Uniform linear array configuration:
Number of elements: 12
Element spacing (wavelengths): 1
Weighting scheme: binomial
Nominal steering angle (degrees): -15
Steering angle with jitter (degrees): -13.681
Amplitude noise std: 0.05
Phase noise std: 0.05

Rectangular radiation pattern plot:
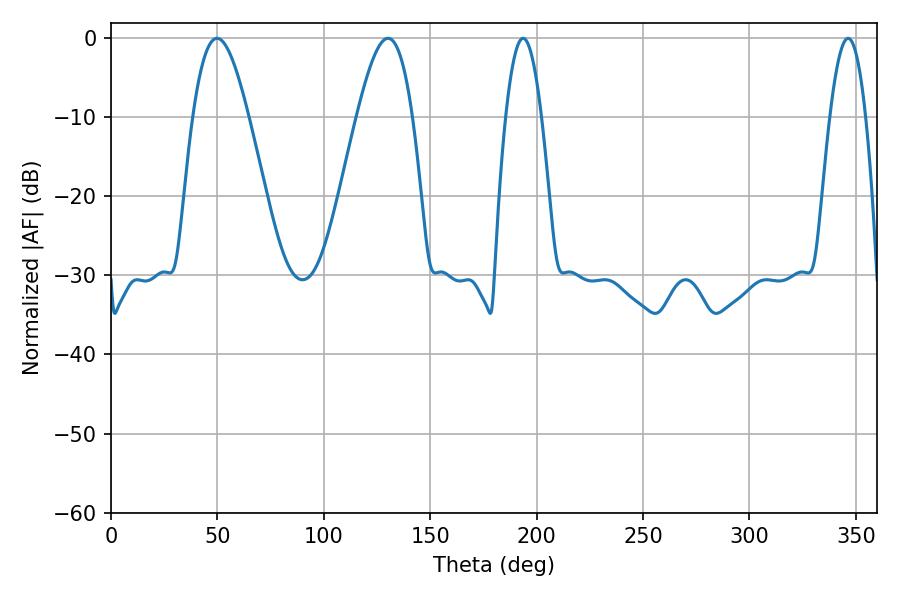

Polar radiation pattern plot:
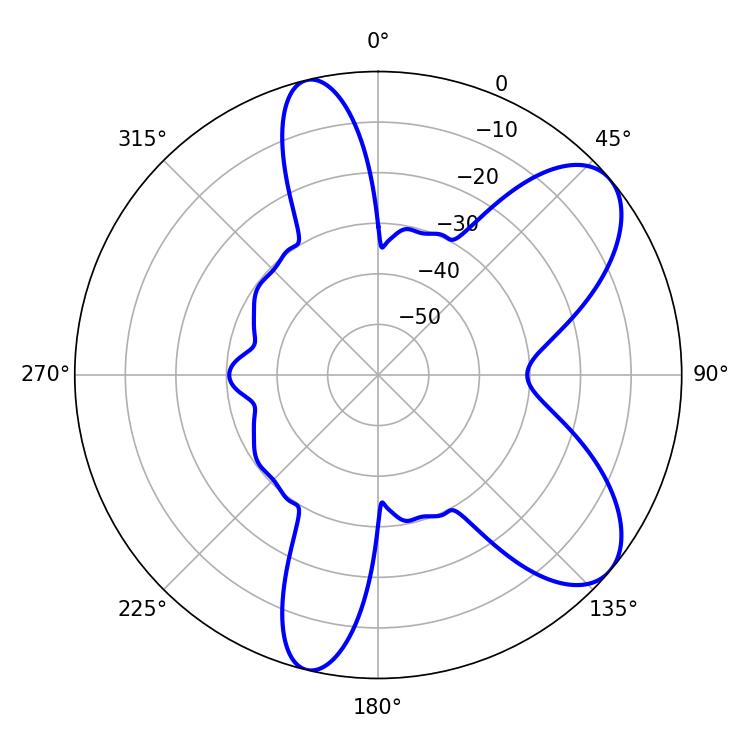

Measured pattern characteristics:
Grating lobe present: TRUE
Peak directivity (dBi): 7.805
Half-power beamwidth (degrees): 14.04
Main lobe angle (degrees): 49.86